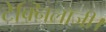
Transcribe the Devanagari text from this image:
टेक्निलॉजी।